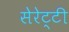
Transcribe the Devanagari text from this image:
सेरेट्टी